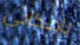
بامكانى